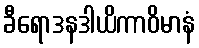
ခီရောဒနဒါယိကာဝိမာနံ